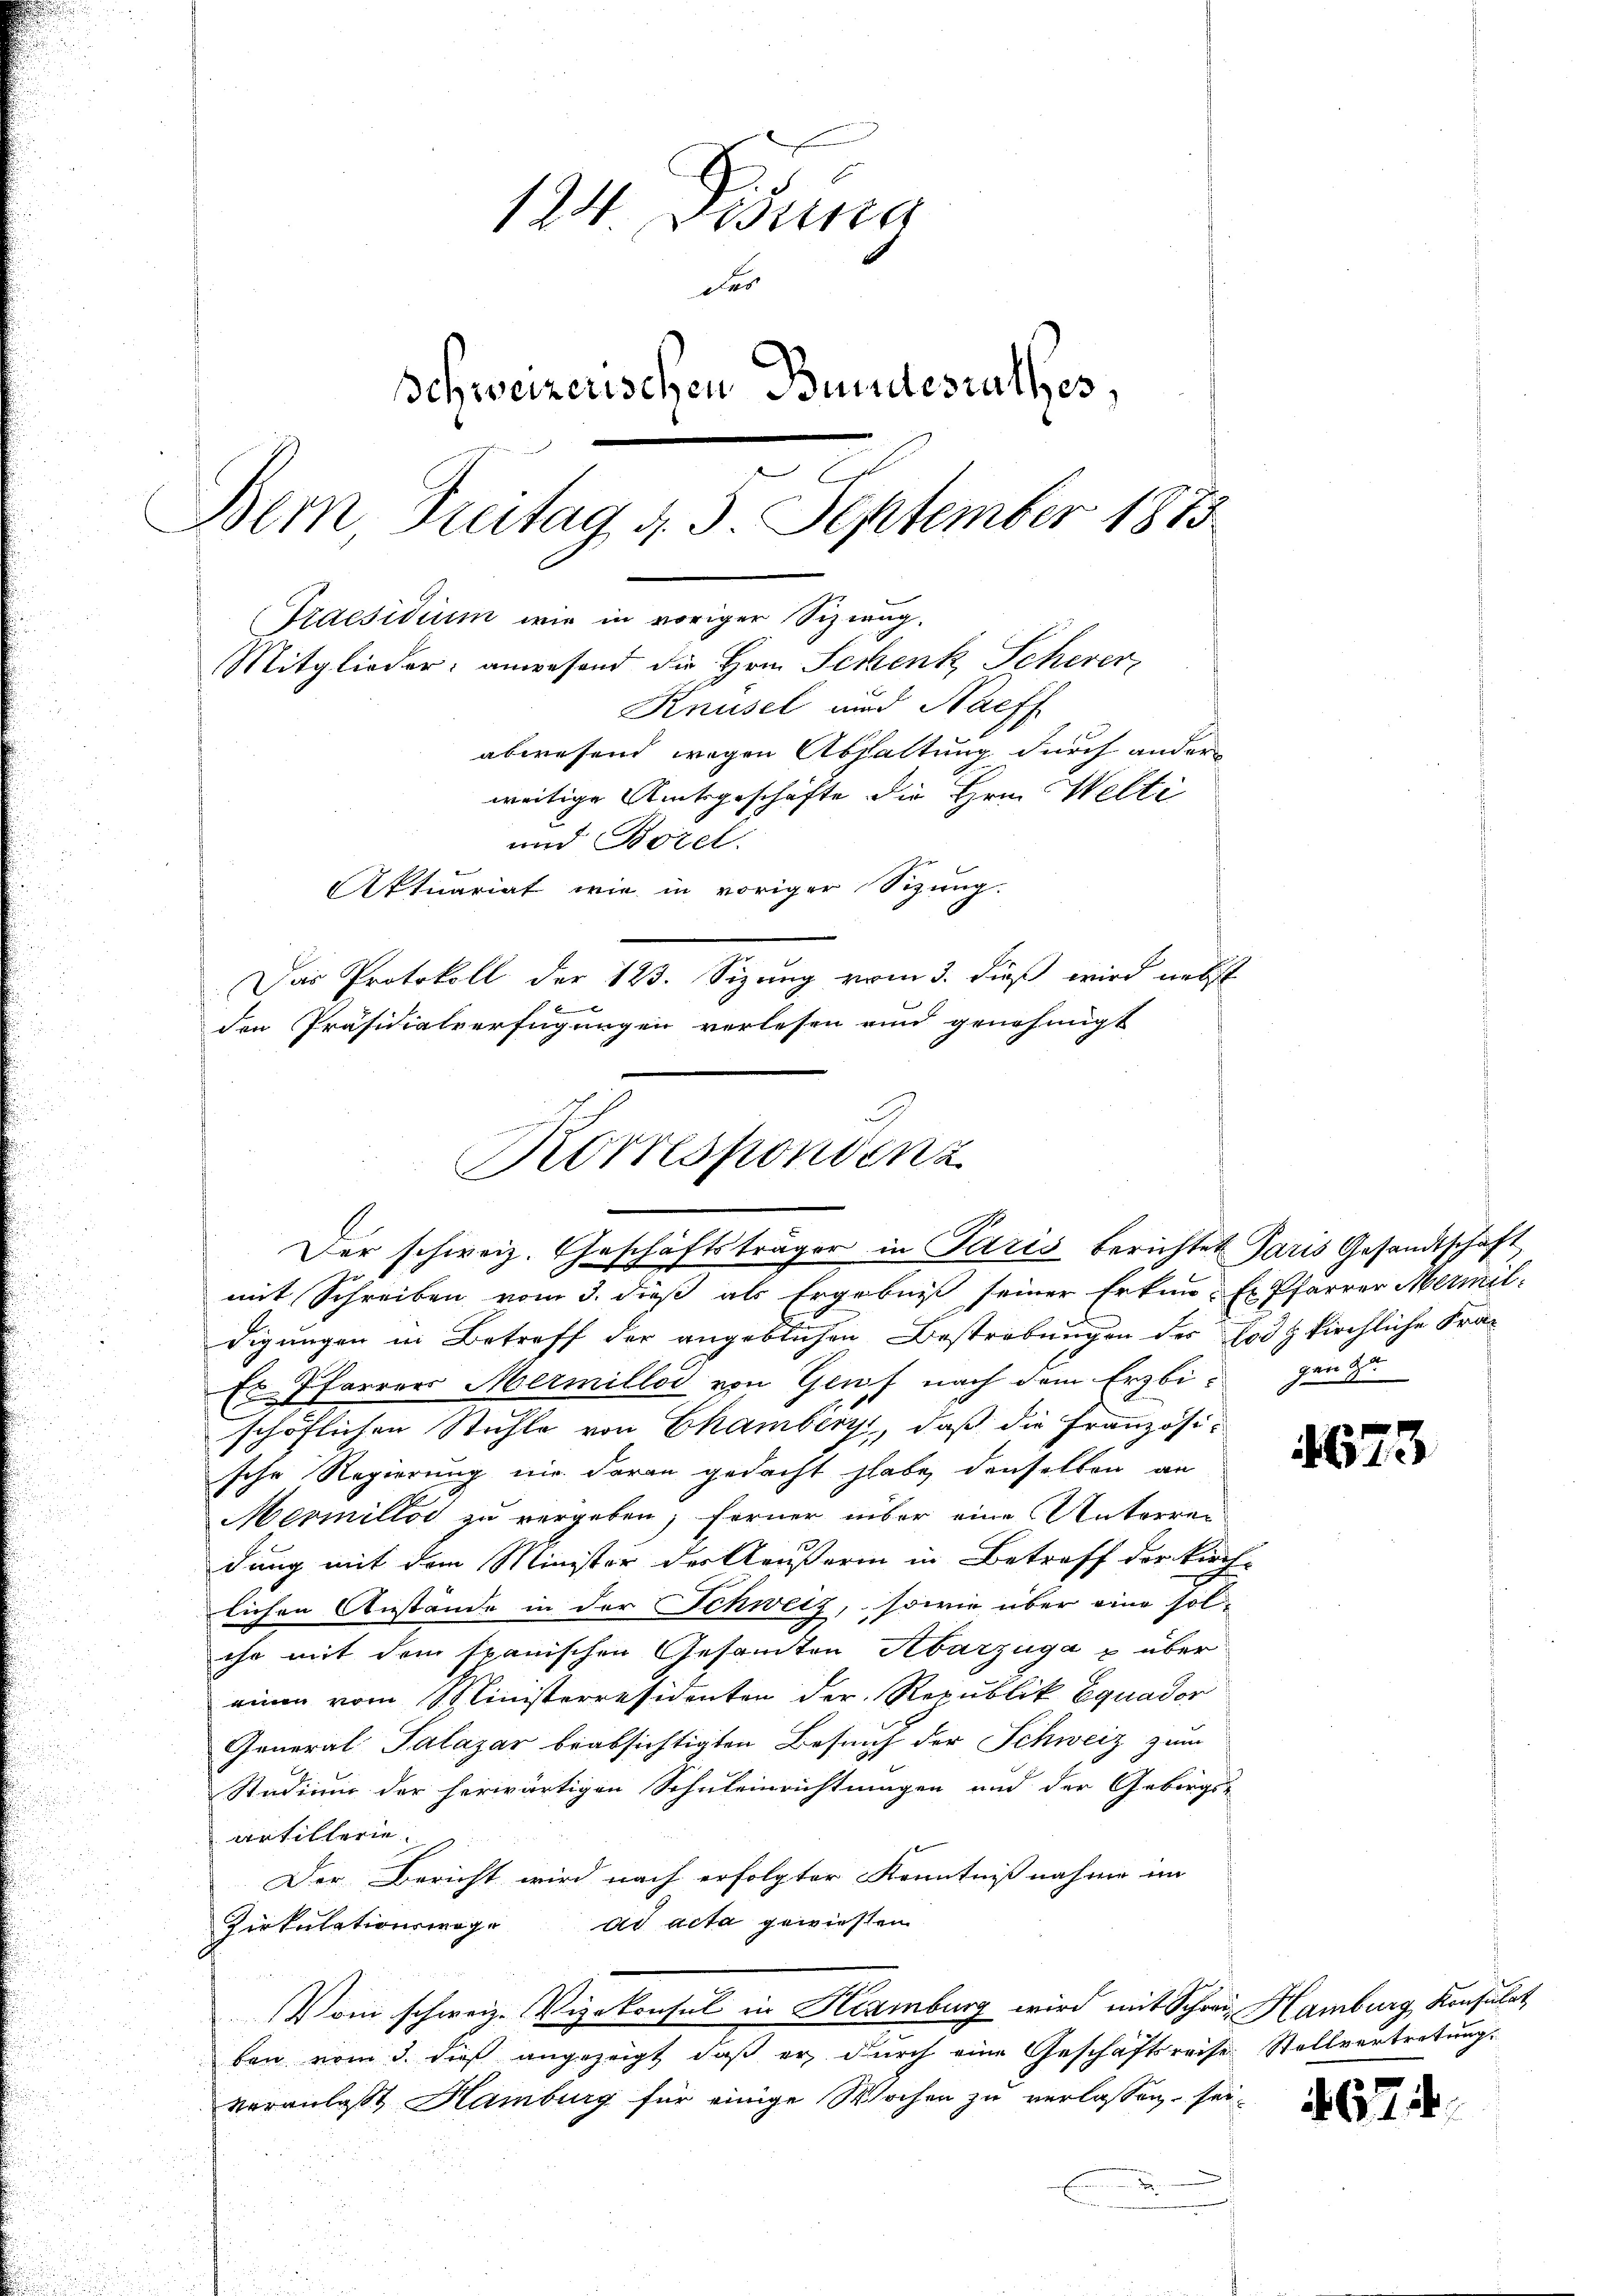
124. Desung
das
Schweizerischen Bundesrathes,
Bern, Freitag d. 5. September 1873
Praesidium wir in voriger Sizieng.
Mitglieder: anwesend die Hrn. Schenk Schever
Knüsel und Nachf
abwesend wegen Abhaltung durch ander
weitige Amtsgeschäfte die Hrn. Welti
und Borel.
Aktuariat wie in voriger Sizung.
Das Protokoll der 123. Sizung vom 3. dieß wird nebst
den Präsidialverfügungen verlesen und genehmigt

mit Schreiben vom 3. dieß als Ergebniß seiner Erkun-Er Pfarrer Mermildigungen in Betreff der angeblichen Bestrebungen der Erdzkirchliche Fra-
Er Pfarrers Mermillod von Genf nach dem Erzbi- gen
schöflichen Stühle von Chamberg, daß die Französische Regierung nie daran gedacht habe, denselben an
Mermillos zu vergeben; ferner unser eine Unterreidung mit dem Minister der Aeußerin in Betreff der kirch-
lichen Anstände in der Schweiz, sowie über eine sol-
iso mit dem spanischen Gesamten Abarzüga u über
einen vom Ministerresidenten der Republik Equador
General Palazar beabsichtigten Besuch der Schweiz zum
Studium der herwärtigen Schuleinrichtungen und der Gebirgs-
Artillerie.
Der Bericht wird nach erfolgter Kenntnißnahme im
Zirkulationswage ad acta gewiesen
Vom schweiz. Vizekonsul in Hamburg wird mit Schreie Hamburg Konsulat
ben vom 3. dieß angezeigt, daß er durch eine Geschäftsreise Stellvertretung.
veranlaßt, Hamburg für einige Wochen zu verlassen, sei¬
E

Korrespondenz
Der schweiz. Geschäftsträger in Paris berichtet Paris Gesandtschaft,

4673

4674.